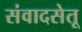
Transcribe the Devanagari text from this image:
संवादसेतू